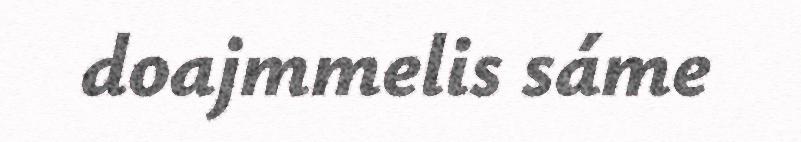
doajmmelis sáme